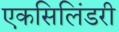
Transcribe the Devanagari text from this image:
एकसिलिंडरी